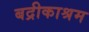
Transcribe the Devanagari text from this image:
बद्रीकाश्रम